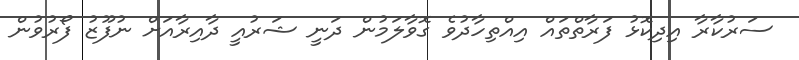
ސަރުކާރާ އިދިކޮޅު ފަރާތްތައް އިއްތިހާދުވެ ގޮވާލަމުން ދަނީ ޝަރުއީ ދާއިރާއަށް ނުފޫޒު ފޯރުވުން